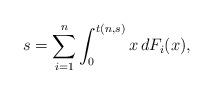
LaTeX: \begin{align*}s=\sum_{i=1}^n \int_0^{t(n,s)} x \, dF_i(x),\end{align*}